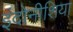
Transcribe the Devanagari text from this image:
इंदोनीशिया